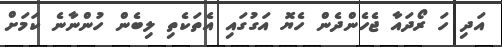
އަދި ހަ ރޯދައާ ޖެހެންދެން ހެޔޮ އަގުގައި އެތަކެތި ލިބެން ހުންނާނެ ކަމަށް